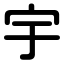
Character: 宇